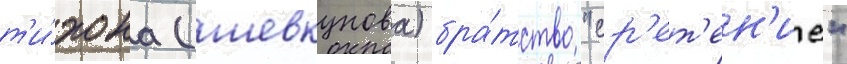
т'и́хона (шевкунова) бра́тство "ср'ет'ен'ие"